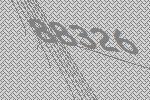
88326